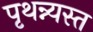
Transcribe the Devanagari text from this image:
पृथन्न्यस्त